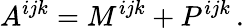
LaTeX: A^{ijk}=M^{ijk}+P^{ijk}\, .